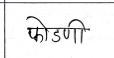
मजकूर: फोडणी